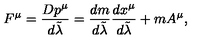
F ^ { \mu } = { \frac { D p ^ { \mu } } { d \tilde { \lambda } } } = { \frac { d m } { d \tilde { \lambda } } } { \frac { d x ^ { \mu } } { d \tilde { \lambda } } } + m A ^ { \mu } ,